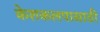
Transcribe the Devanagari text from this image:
केशकलपासाठी